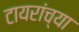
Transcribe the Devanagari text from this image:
टायरांच्या